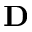
\textbf { D }